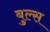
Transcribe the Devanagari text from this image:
बुल्‍स